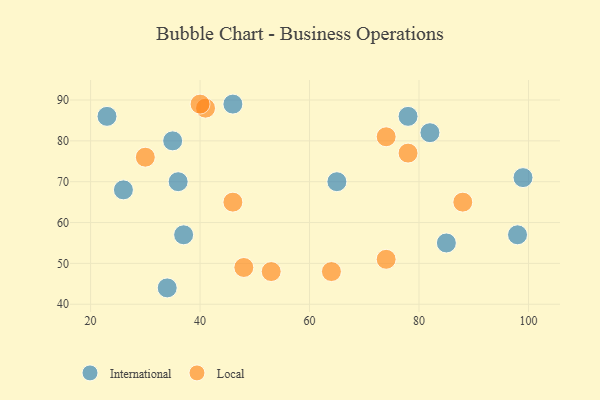
{"axis": {"x": "GDP", "y": "Life Expectancy"}, "legend": ["International", "Local"], "data": [{"x": "98", "y": 57, "type": "International"}, {"x": "34", "y": 44, "type": "International"}, {"x": "35", "y": 80, "type": "International"}, {"x": "78", "y": 86, "type": "International"}, {"x": "36", "y": 70, "type": "International"}, {"x": "26", "y": 68, "type": "International"}, {"x": "82", "y": 82, "type": "International"}, {"x": "85", "y": 55, "type": "International"}, {"x": "23", "y": 86, "type": "International"}, {"x": "37", "y": 57, "type": "International"}, {"x": "99", "y": 71, "type": "International"}, {"x": "46", "y": 89, "type": "International"}, {"x": "65", "y": 70, "type": "International"}, {"x": "88", "y": 65, "type": "Local"}, {"x": "30", "y": 76, "type": "Local"}, {"x": "48", "y": 49, "type": "Local"}, {"x": "41", "y": 88, "type": "Local"}, {"x": "40", "y": 89, "type": "Local"}, {"x": "74", "y": 81, "type": "Local"}, {"x": "53", "y": 48, "type": "Local"}, {"x": "46", "y": 65, "type": "Local"}, {"x": "64", "y": 48, "type": "Local"}, {"x": "74", "y": 51, "type": "Local"}, {"x": "78", "y": 77, "type": "Local"}]}